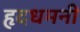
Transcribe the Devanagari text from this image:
हृदधमनी